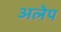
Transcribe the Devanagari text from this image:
अलेप